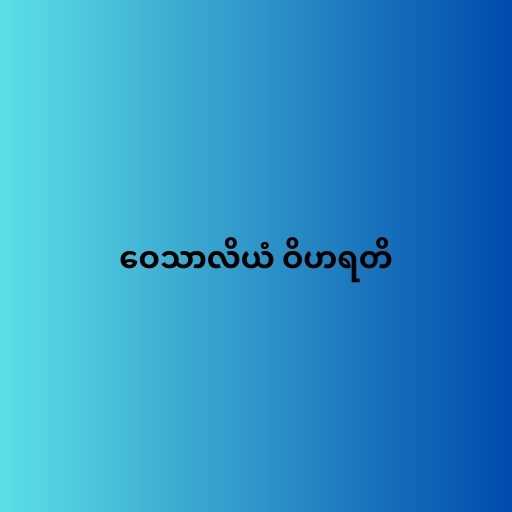
ဝေသာလိယံ ဝိဟရတိ